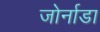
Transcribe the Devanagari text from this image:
जोर्नाडा